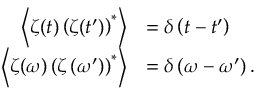
\begin{array} { r l } { \left\langle \zeta ( t ) \left( \zeta ( t ^ { \prime } ) \right) ^ { * } \right\rangle } & { = \delta \left( t - t ^ { \prime } \right) } \\ { \left\langle \zeta ( \omega ) \left( \zeta \left( \omega ^ { \prime } \right) \right) ^ { * } \right\rangle } & { = \delta \left( \omega - \omega ^ { \prime } \right) . } \end{array}